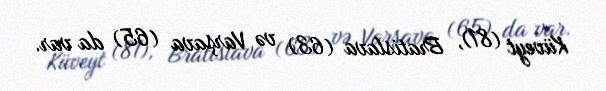
Küveyt (81), Bratislava (63) və Varşava (65) da var.